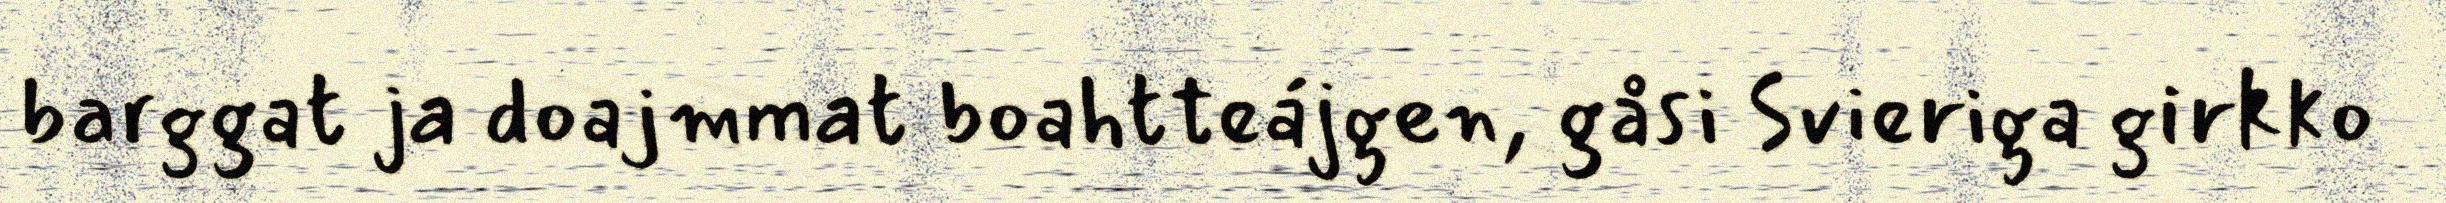
barggat ja doajmmat boahtteájgen, gåsi Svieriga girkko